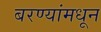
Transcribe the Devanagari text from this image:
बरण्यांमधून